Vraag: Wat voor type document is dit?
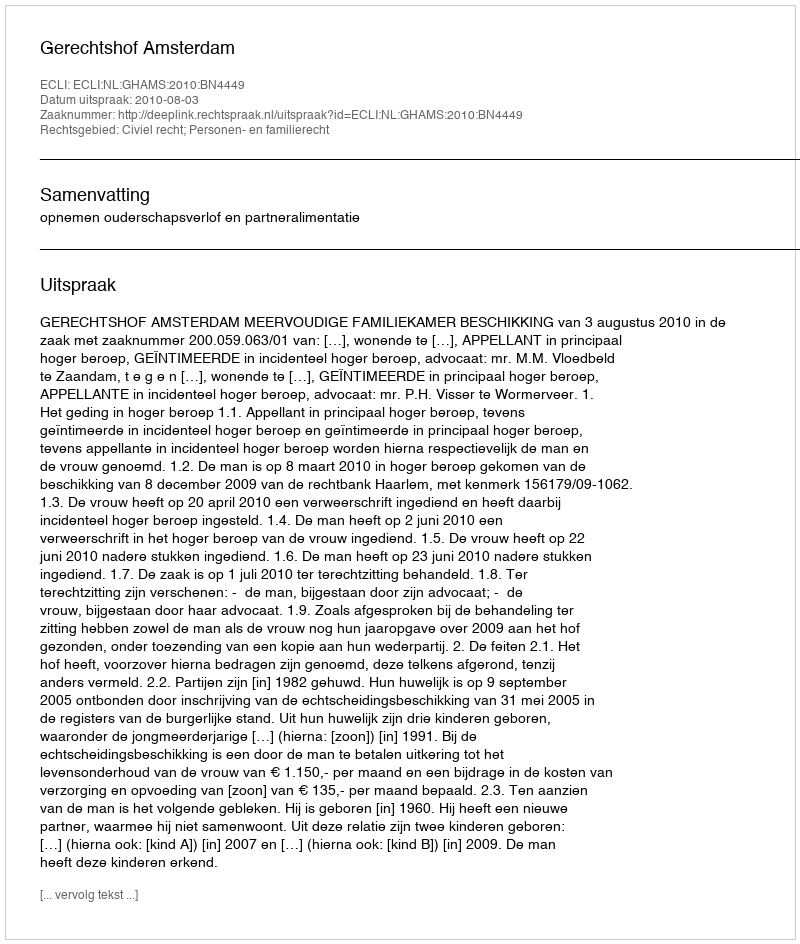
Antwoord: Uitspraak